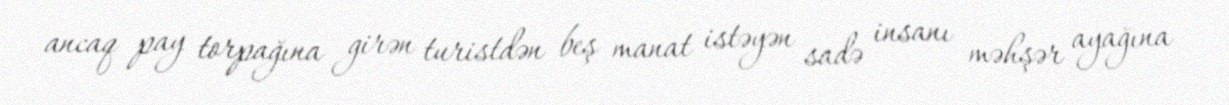
ancaq pay torpağına girən turistdən beş manat istəyən sadə insanı məhşər ayağına